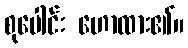
စုပေါင်း ဟောထား၏။